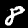
Label: 8